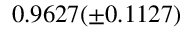
0 . 9 6 2 7 ( \pm 0 . 1 1 2 7 )